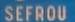
SEFROU